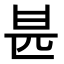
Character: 𠥄